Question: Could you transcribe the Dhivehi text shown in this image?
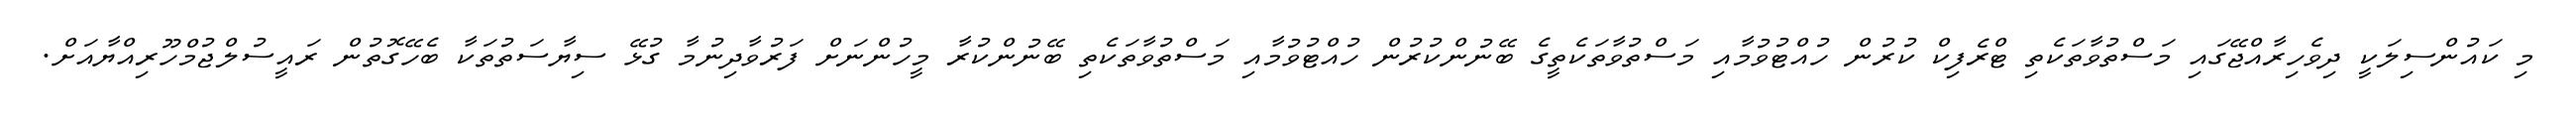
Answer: މި ކައުންސިލަކީ ދިވެހިރާއްޖޭގައި މަސްތުވާތަކެތި ޓްރެފިކް ކުރުން ހުއްޓުވުމާއި މަސްތުވާތަކެތީގެ ބޭނުންކުރުން ހުއްޓުވުމާއި މަސްތުވާތަކެތި ބޭނުންކުރާ މީހުންނަށް ފަރުވާދިނުމާ ގުޅޭ ސިޔާސަތުތަކާ ބެހޭގޮތުން ރައީސުލްޖުމްހޫރިއްޔާއަށް.